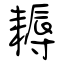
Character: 耨